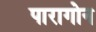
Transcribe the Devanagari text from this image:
पारागोन